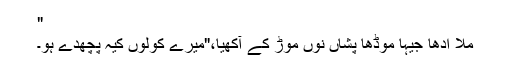
"
مُلا ادھا جیہا موڈھا پشاں نوں موڑ کے آکھیا،"میرے کولوں کیہ پُچھدے ہو۔